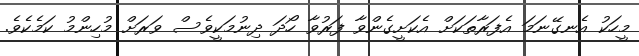
މީހަކު އެނގޭނަމަ އެފަރާތަކަށް އެކަށީގެންވާ ފަރުވާ ހޯދަ ދިނުމަކީވެސް ވަރަށް މުހިންމު ކަމެކެވެ.